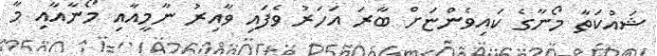
ޝައުކަތާ މޯނާގެ ކައިވެންޏަށް ބާރަ އަހަރު ވެފައި ވާއިރު ނާމީއާއި މޯނާއާއި މާ